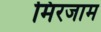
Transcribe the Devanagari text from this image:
मिरजाम